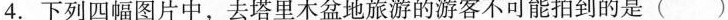
4.下列四幅图片中，去塔里木盆地旅游的游客不可能拍到的是()